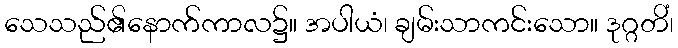
သေသည်၏နောက်ကာလ၌။ အပါယံ၊ ချမ်းသာကင်းသော။ ဒုဂ္ဂတိံ၊